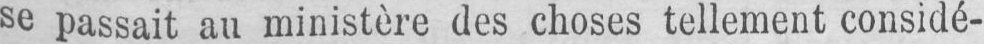
se passait au ministère des choses tellement considé-